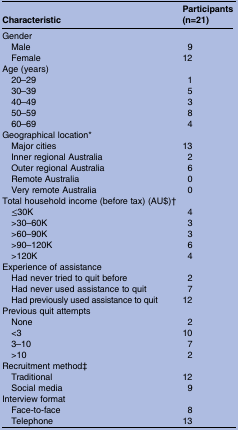
<table><thead><tr><td><b>Characteristic</b></td><td><b>Participants (n=21)</b></td></tr></thead><tbody><tr><td>Gender</td><td></td></tr><tr><td> Male</td><td>9</td></tr><tr><td> Female</td><td>12</td></tr><tr><td>Age (years)</td><td></td></tr><tr><td> 20–29</td><td>1</td></tr><tr><td> 30–39</td><td>5</td></tr><tr><td> 40–49</td><td>3</td></tr><tr><td> 50–59</td><td>8</td></tr><tr><td> 60–69</td><td>4</td></tr><tr><td>Geographical location*</td><td></td></tr><tr><td> Major cities</td><td>13</td></tr><tr><td> Inner regional Australia</td><td>2</td></tr><tr><td> Outer regional Australia</td><td>6</td></tr><tr><td> Remote Australia</td><td>0</td></tr><tr><td> Very remote Australia</td><td>0</td></tr><tr><td colspan="2">Total household income (before tax) (AU$)†</td></tr><tr><td> ≤30K</td><td>4</td></tr><tr><td> &gt;30–60K</td><td>3</td></tr><tr><td> &gt;60–90K</td><td>3</td></tr><tr><td> &gt;90–120K</td><td>6</td></tr><tr><td> &gt;120K</td><td>4</td></tr><tr><td>Experience of assistance</td><td></td></tr><tr><td> Had never tried to quit before</td><td>2</td></tr><tr><td> Had never used assistance to quit</td><td>7</td></tr><tr><td> Had previously used assistance to quit</td><td>12</td></tr><tr><td>Previous quit attempts</td><td></td></tr><tr><td> None</td><td>2</td></tr><tr><td> &lt;3</td><td>10</td></tr><tr><td> 3–10</td><td>7</td></tr><tr><td> &gt;10</td><td>2</td></tr><tr><td>Recruitment method‡</td><td></td></tr><tr><td> Traditional</td><td>12</td></tr><tr><td> Social media</td><td>9</td></tr><tr><td>Interview format</td><td></td></tr><tr><td> Face-to-face</td><td>8</td></tr><tr><td> Telephone</td><td>13</td></tr></tbody></table>